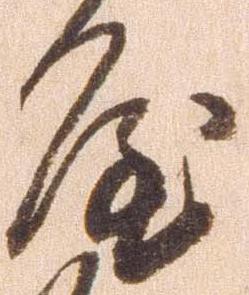
屋